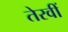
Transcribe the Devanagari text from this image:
तेरवीं